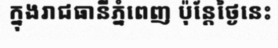
ក្នុងរាជធានីភ្នំពេញ ប៉ុន្តែថ្ងៃនេះ